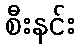
စီးနင်း